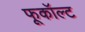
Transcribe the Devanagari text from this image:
फूकॉल्ट